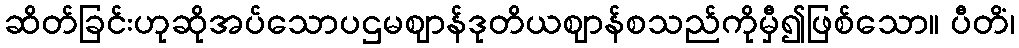
ဆိတ်ခြင်းဟုဆိုအပ်သောပဌမဈာန်ဒုတိယဈာန်စသည်ကိုမှီ၍ဖြစ်သော။ ပီတိံ၊